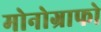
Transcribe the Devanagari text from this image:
मोनोग्राफो